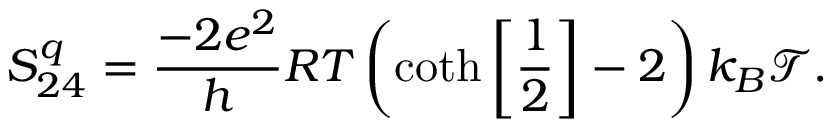
S _ { 2 4 } ^ { q } = \frac { - 2 e ^ { 2 } } { h } R T \left( \coth \left[ \frac { 1 } { 2 } \right] - 2 \right) k _ { B } \mathcal { T } .